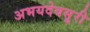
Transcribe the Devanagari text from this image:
अभयदेवसूरी